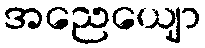
အညေယျော